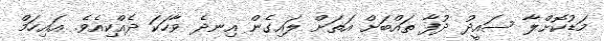
މަޑުކޮށްލާ ސައީދު ދުފާ ތައްބަށް އަތަށް ލައިގެން އިނދެ ވާހަކަ ދެއްކިއެވެ. އައިހަމް